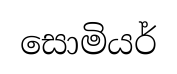
සොමියර්